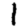
Digit: 1